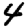
Digit: 4